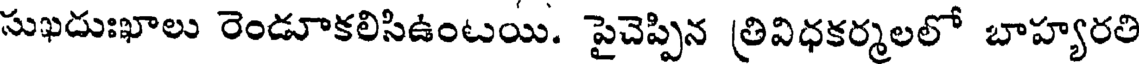
సుఖదుఃఖాలు రెండూకలిసిఉంటయి. పైచెప్పిన త్రివిధకర్మలలో బాహ్యరతి